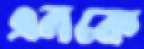
এনকে